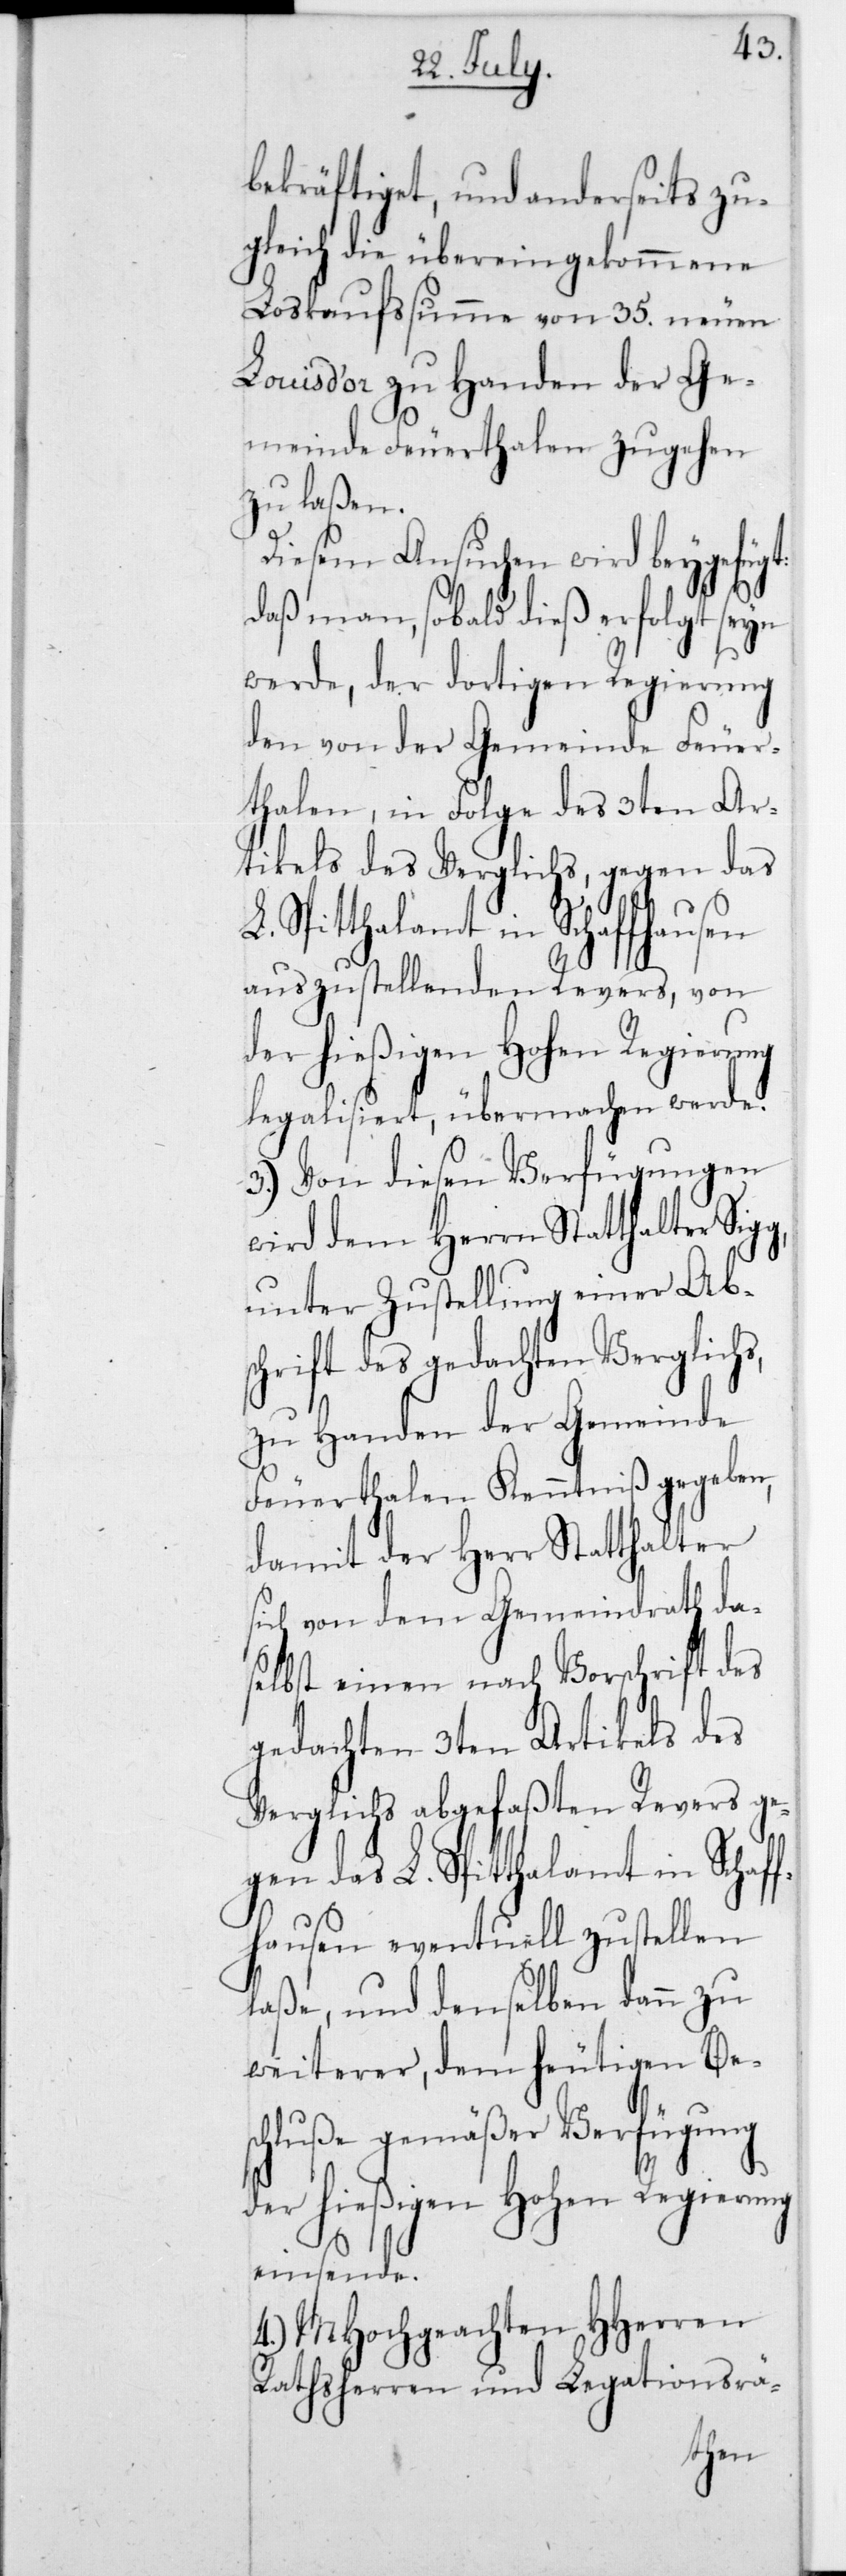
bekräftiget, und anderseits zu¬
gleich die übereingekommene
Loskaufssumme von 35 neuen
Louis d’or zu Handen der Ge¬
meinde Feuerthalen zugehen
zu laßen.
Diesem Ansuchen wird beygefügt:
daß man, sobald dieß erfolgt seyn
werde, der dortigen Regierung
den von der Gemeinde Feuer¬
thalen, in Folge des 3ten Ar¬
tikels des Verglichs, gegen das
Spitthalamt in Schaffhausen
auszustellenden Revers, von
der hießigen Hohen Regierung
legalisiert, übermachen werde.
3.) Von diesen Verfügungen
wird dem Herrn Statthalter
unter Zustellung einer Ab¬
schrift des gedachten Verglichs,
zu Handen der Gemeinde
Feuerthalen Kenntniß gegeben,
damit der Herr Statthalter
sich von dem Gemeindrath da¬
selbst einen nach Vorschrift des
gedachten 3ten Artikels des
Verglichs abgefaßten Revers ge¬
gen das L. Spitthalamt in Schaff¬
hausen eventuell zustellen
laße, und denselben dann zu
weiterer, dem heutigen Bes¬
chluße gemäßer Verfügung
der hießigen Hohen Regierung
einsende.
4.) MHochgeachten HHerren
Rathsherren und Legationsrä-